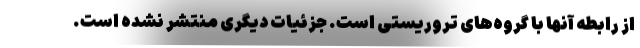
از رابطه آنها با گروه‌های تروریستی است. جزئیات دیگری منتشر نشده است.